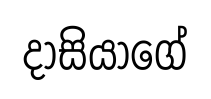
දාසියාගේ